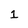
Character: 1